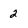
Character: 2